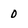
Character: 0